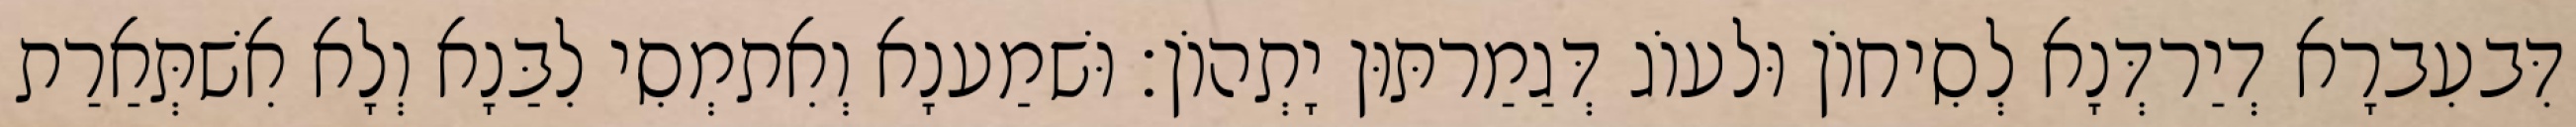
דִּבעִברָא דְיַרדְּנָא לְסִיחוֹן וּלעוֹג דְּגַמַרתּוּן יָתְהוֹן׃ וּשׁמַענָא וְאִתמְסִי לִבַּנָא וְלָא אִשׁתְּאַרַת